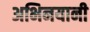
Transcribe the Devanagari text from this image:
अभिनयानी